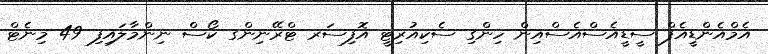
އެމްއެންޑީއެފް ސީޑީއެސްއެސްއިން ހިންގި ސެކިއުރިޓީ އޮފިސަރ ޓްރޭނިންގ ކޯސް ނިންމާލައިފި 49 މިނެޓް